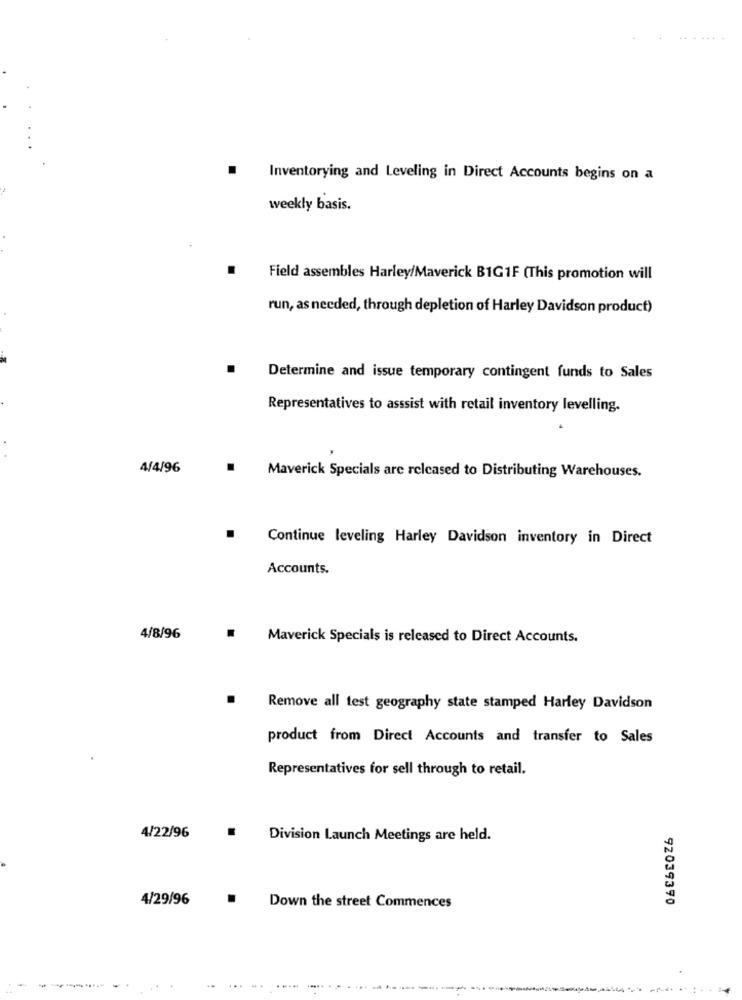
Inventorying and Leveling in Direct Accounts begins on a
weekly basis.
.
Field assembles Harley/Maverick B1G1F (This promotion will
run, as needed, through depletion of Harley Davidson product)
.
Determine and issue temporary contingent funds to Sales
Representatives to asssist with retail inventory levelling.
4/4/96
.
Maverick Specials are released to Distributing Warehouses.
.
Continue leveling Harley Davidson inventory in Direct
Accounts.
4/8/96
.
Maverick Specials is released to Direct Accounts.
.
Remove all test geography state stamped Harley Davidson
product from Direct Accounts and transfer to Sales
Representatives for sell through to retail.
4/22/96
.
Division Launch Meetings are held.
4/29/96
.
92039390
Down the street Commences